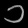
Digit: ၁